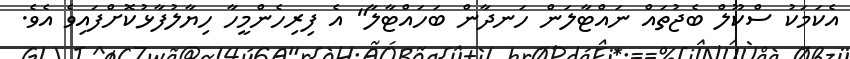
އެކަމަކު ސްކޫލް ބެޖުތައް ނައްޓާލަން ހަނދާން ބަހައްޓާލާ" އެ ފިރިހެންމީހާ ހިޔާލުފާޅުކޮށްފައިވެ އެވެ.